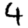
Digit: 4